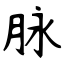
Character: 脉